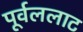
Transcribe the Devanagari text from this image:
पूर्वललाट